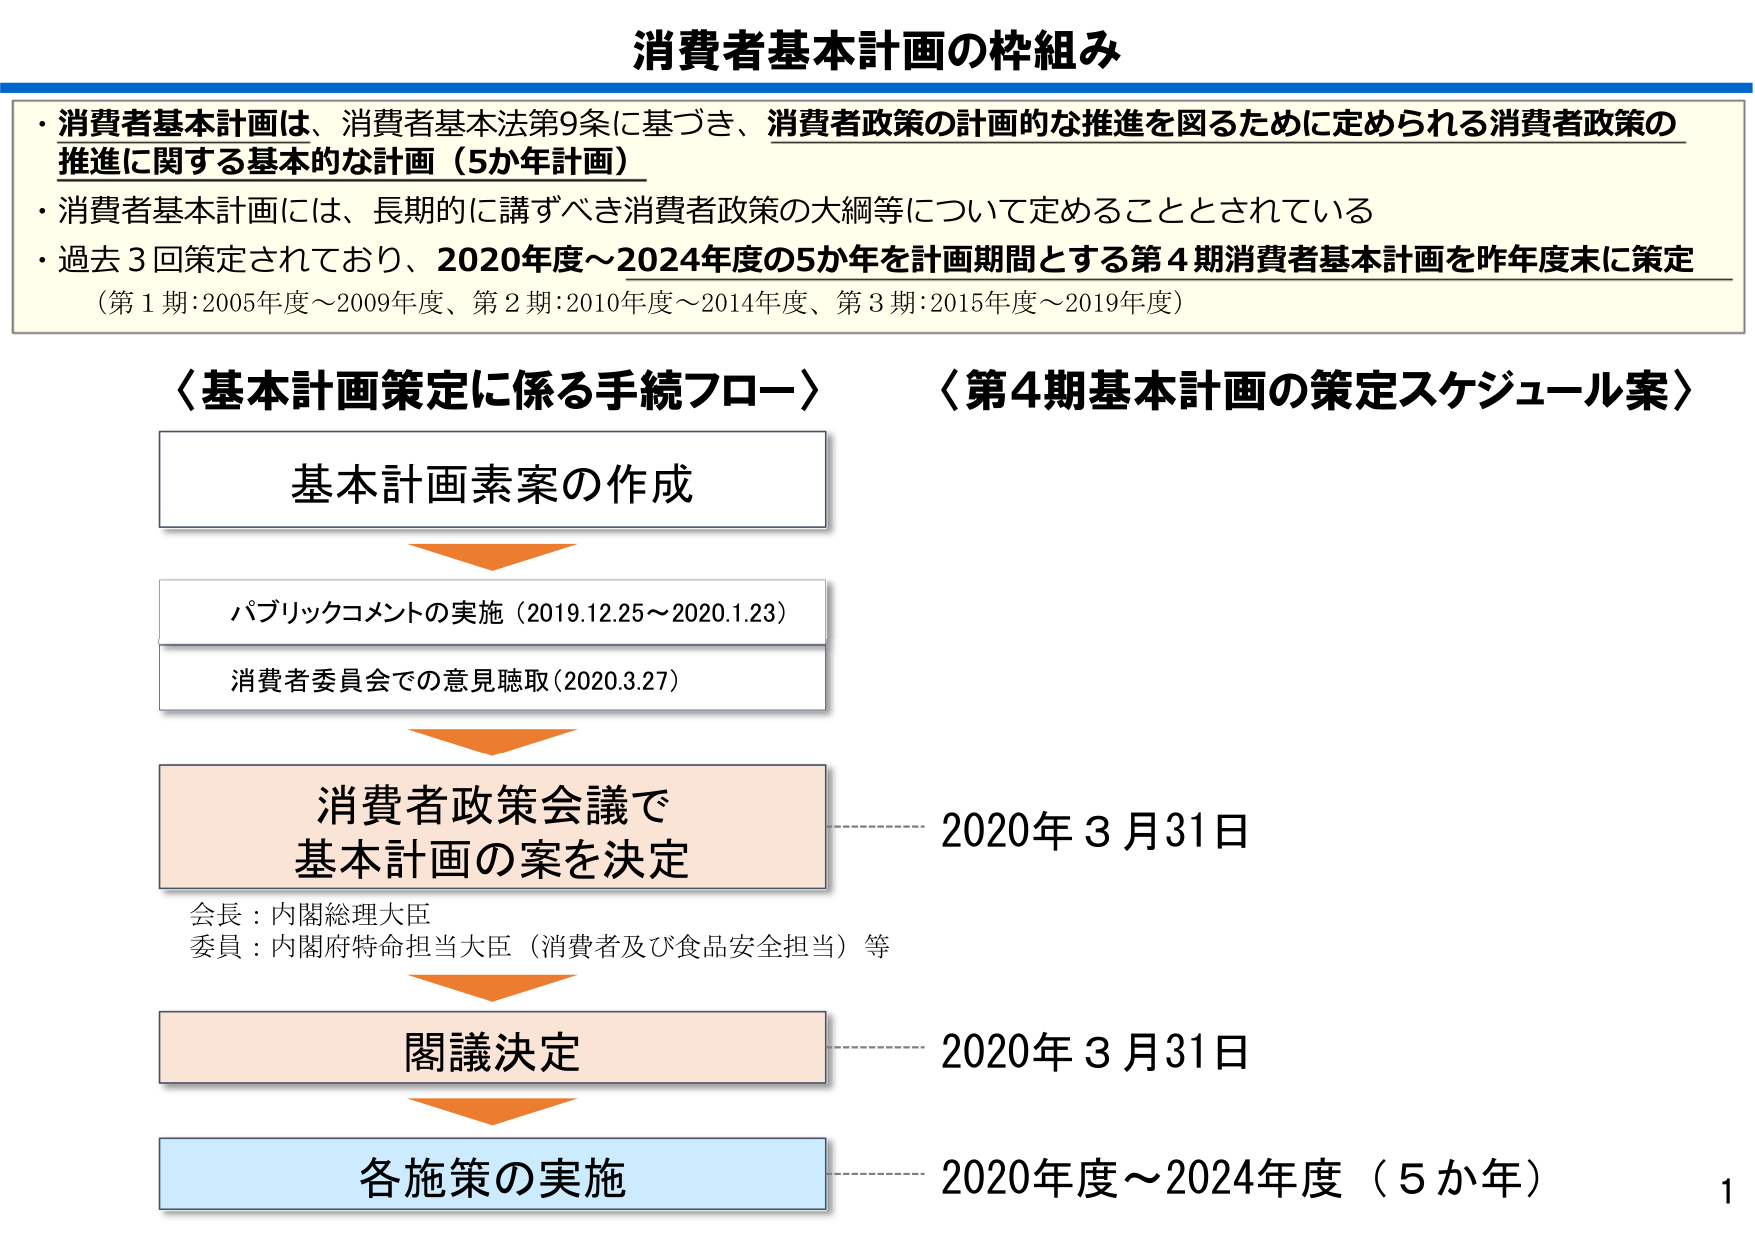
消費者基本計画の枠組み

・消費者基本計画は、消費者基本法第9条に基づき、消費者政策の計画的な推進を図るために定められる消費者政策の推進に関する基本的な計画（5か年計画）
・消費者基本計画には、長期的に講ずべき消費者政策の大綱等について定めることとされている
・過去3回策定されており、2020年度～2024年度の5か年を計画期間とする第4期消費者基本計画を昨年度末に策定
（第1期：2005年度～2009年度、第2期：2010年度～2014年度、第3期：2015年度～2019年度）

〈基本計画策定に係る手続フロー〉
基本計画素案の作成
パブリックコメントの実施（2019.12.25～2020.1.23）
消費者委員会での意見聴取（2020.3.27）
消費者政策会議で
基本計画の案を決定
会長：内閣総理大臣
委員：内閣府特命担当大臣（消費者及び食品安全担当）等
閣議決定
各施策の実施

〈第4期基本計画の策定スケジュール案〉
2020年3月31日
2020年3月31日
2020年度～2024年度（5か年）

1